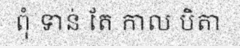
ពុំ ទាន់ តែ កាល បិតា